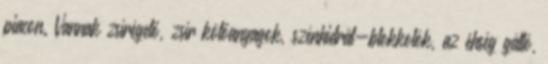
piacon. Vannak zsírégető, zsír kötőanyagok, szénhidrát-blokkolók, az éhség gátló,